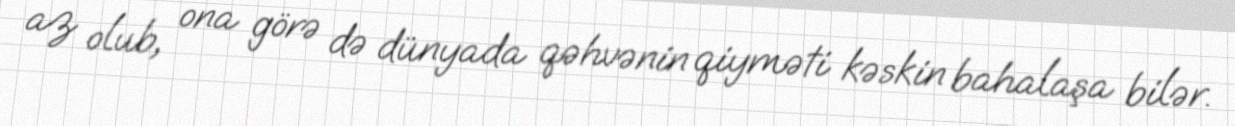
az olub, ona görə də dünyada qəhvənin qiyməti kəskin bahalaşa bilər.